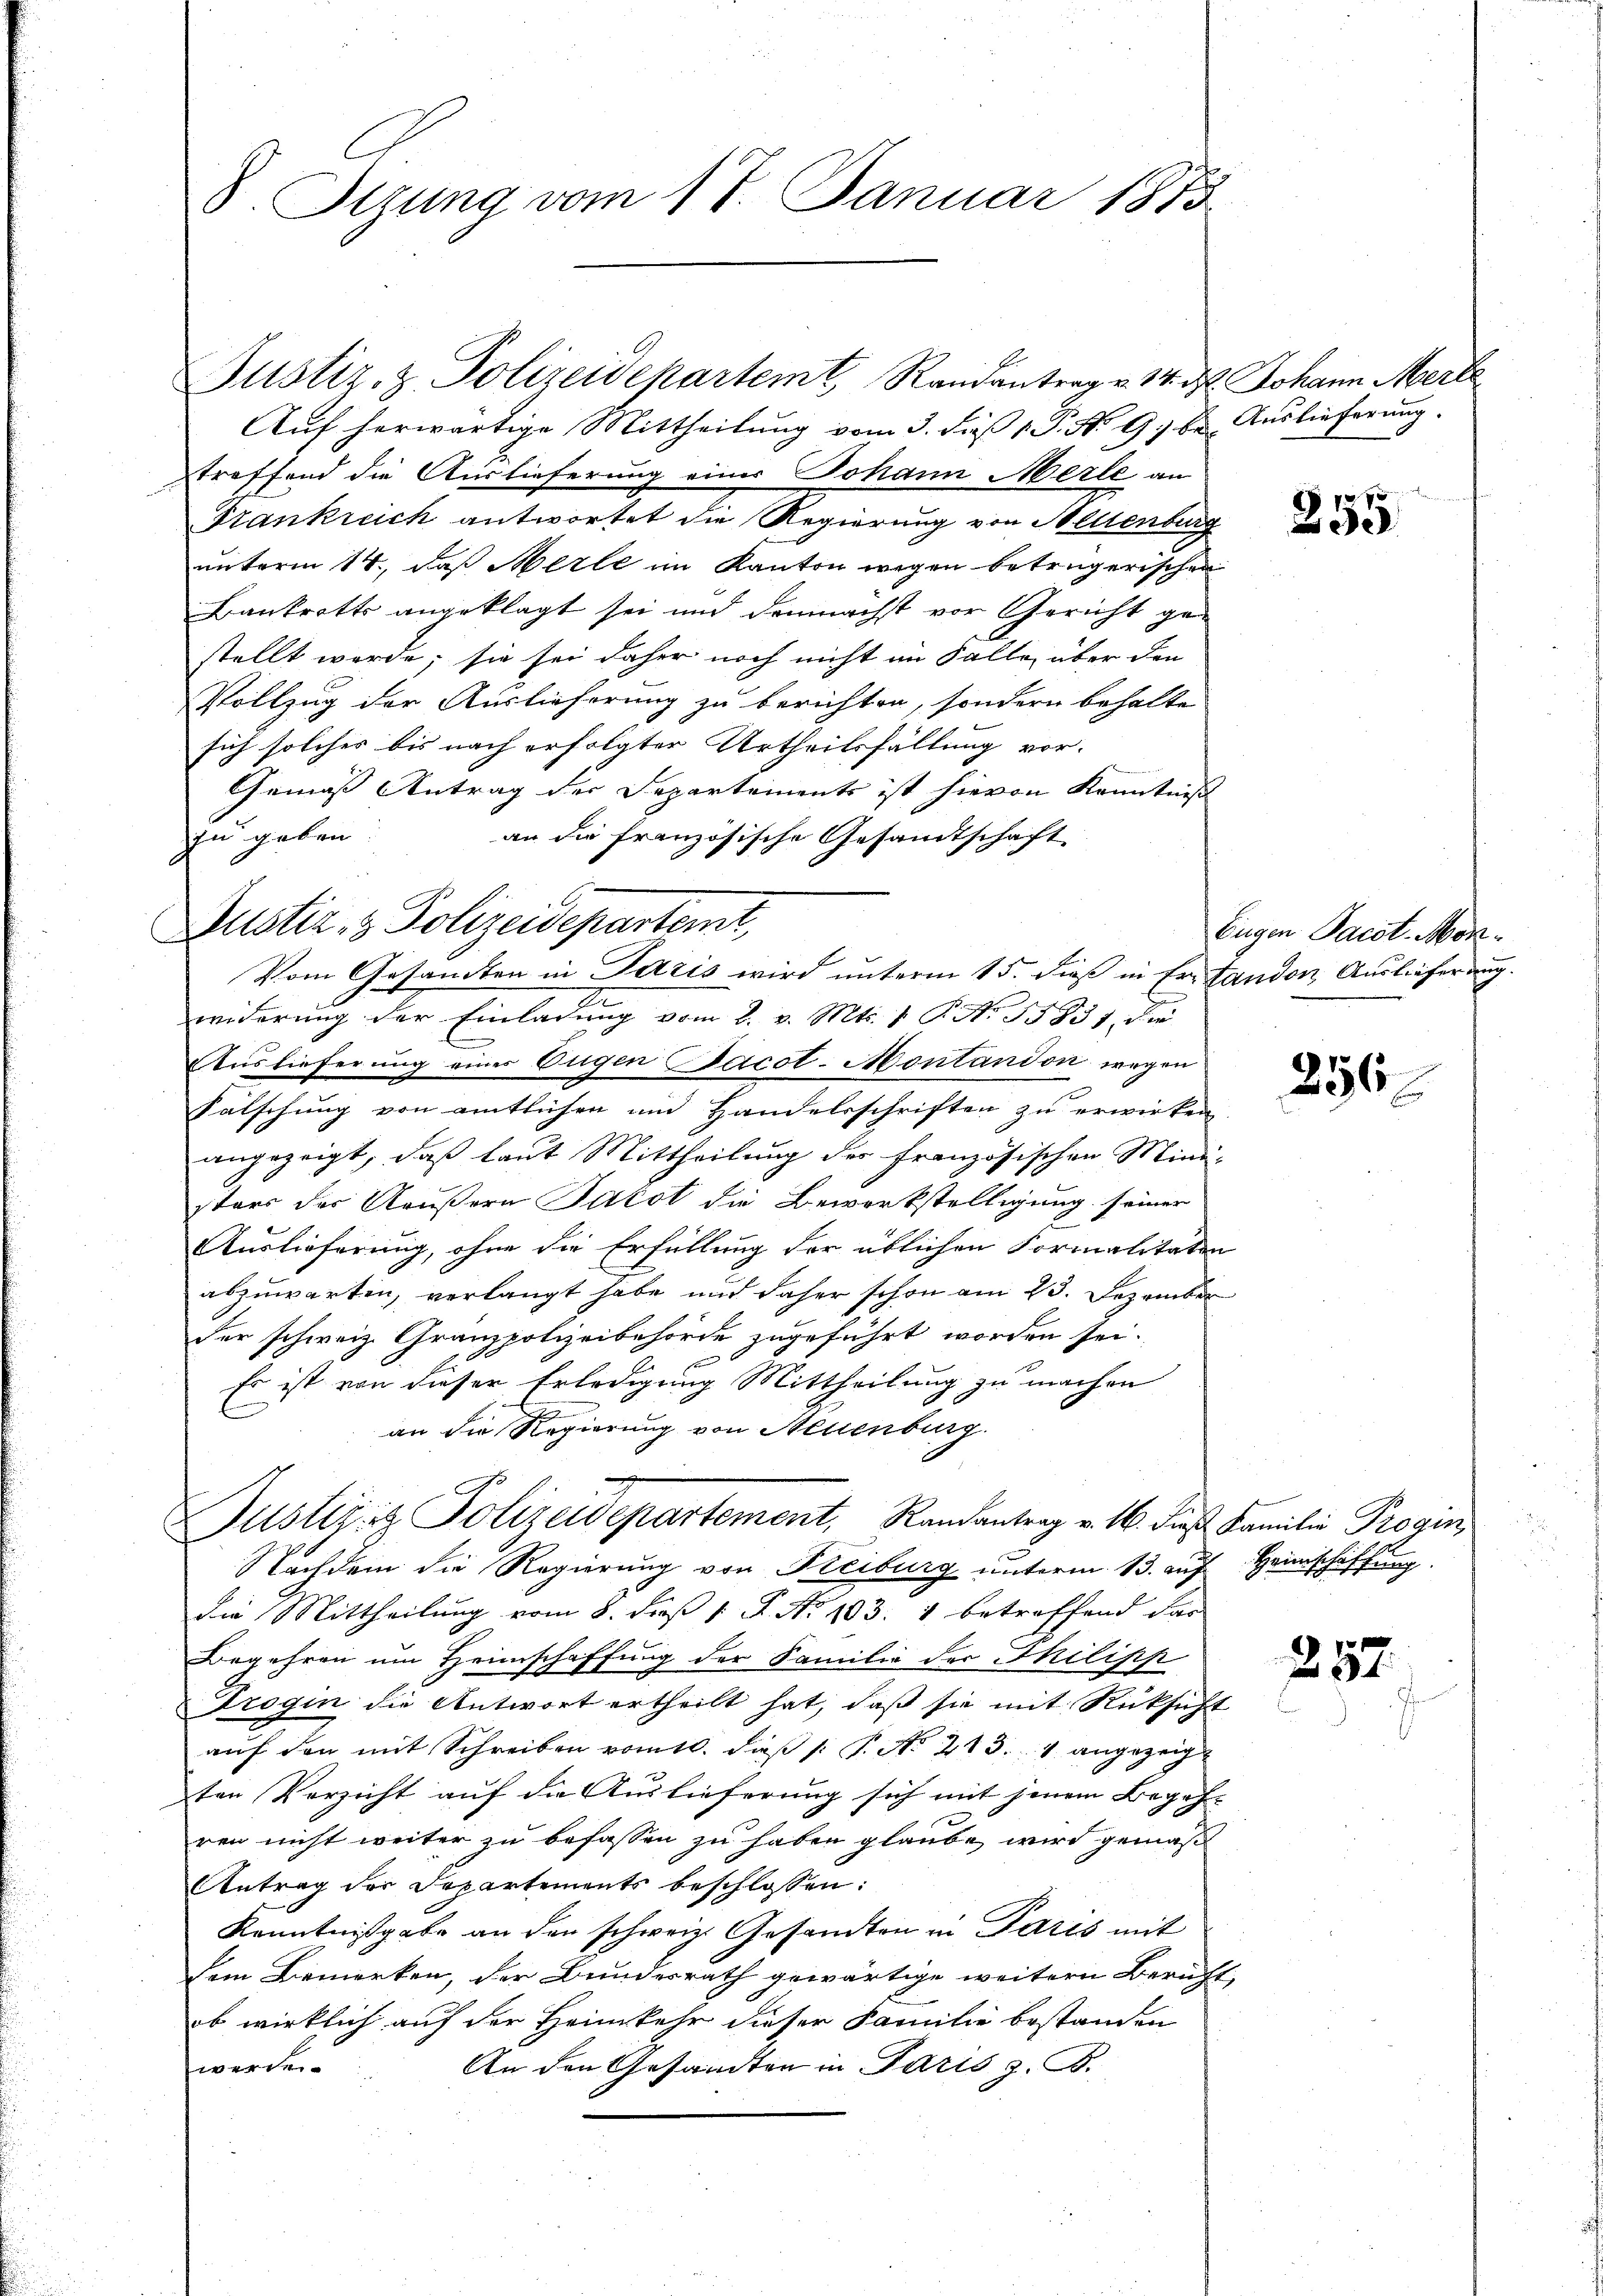
8. Sitzung vom 17. Januar 1873

Auf herwärtige Mittheilung vom 3. dieß 19. No. 9. be- Auslieferung.
treffend die Auslieferung einer Johann Merle an
Stankreich antwortet die Regierung von Stellenburg
unterm 14., daß Merle im Kanton wegen betrügerischen
Bankrotts angeklagt sei und demnächst vor Gericht ge-
stellt werde; sie sei daher noch nicht im Falle über den
Vollzug der Auslieferung zu berichten, sondern behalte
sich solches bis nach erfolgter Urtheilhaltung vor-
Gemäß Antrag der Departements ist hievon Kenntniß
an die französische Gesandtschaft
zu geben.
widerung der Einladung vom 2. v. Mts. 1 P. No 13857, die
Auslieferung einer Eugen Jacot-Montandon wegen
Fälschung von amtlichen und Handelsschriften zu erwirken
angezeigt, daß laut Mittheilung des französischen Mini-
stars der Aeußern Subst die Bewerkstelligung seiner
Auslieferung, ohne die Erfüllung der üblichen Formalitäten
abzuwarten, verlangt habe und daher schon am 23. Dezember
der schweiz. Granzpolizeibehörde zugeführt worden sei.
Es ist von dieser Erledigung Mittheilung zu machen
an die Regierung von Neuenburg.
Justiziis Polizeidepartement, Randantrag v. 16. dieß Familie Progni
Nachdem die Regierung von Freiburg unterm 13. auf Hinschaf
die Mittheilung vom 8. Faß 1. P. No 103. 4 betreffend das
Begehren um Heimschaffung der Familie der Thilipp
Trogin die Antwort ertheilt hat, daß sie mit Rücksicht
auf den mit Schreiben romtl. daβ (: P. No 213. 1 angezeigt
ten Verzicht auf die Auslieferung sich mit jenem Begehren nicht weiter zu befassen zu haben glaube wird gemäß
Antrag der Departements beschlossen:
Kenntnißgabe an den schweiz. Gesandten in Paris mit
sem Bemerken, der Bundesrath gewärtige weitern Beruht
ob wirklich auf der Heimkehr dieser Familie bestanden
werden.
An den Gesandten in Paris z. B.

Bustiz- & Polizeidepartemt,

Justiz- & Polizeidepartemt, Randantrag v. 14. d. Johann Merk

Vom Gesandten in Paris wird unterm 15. dieß in Er- Landen Auslieferung.

t
ne

255

Eugen Pact. Mor¬

256

257.